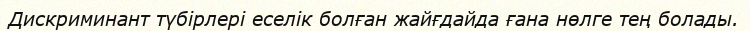
Дискриминант түбірлері еселік болған жайғдайда ғана нөлге тең болады.